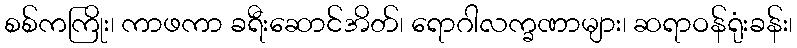
စစ်ကကြိုး၊ ကာဖကာ ခရီးဆောင်အိတ်၊ ရောဂါလက္ခဏာများ၊ ဆရာဝန်ရုံးခန်း၊